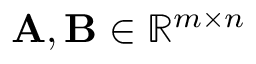
\mathbf { A } , \mathbf { B } \in \mathbb { R } ^ { m \times n }